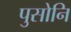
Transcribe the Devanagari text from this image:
पुसोनि